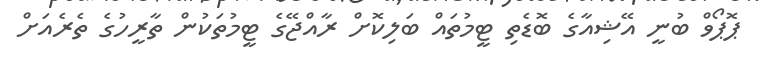
ޕޮޕޯވް ބުނީ އޭޝިއާގެ ބޮޑެތި ޓީމުތައް ބަލިކޮށް ރާއްޖޭގެ ޓީމުތަކުން ތާރީހުގެ ތެރެއަށް